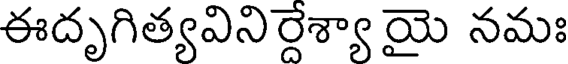
ఈదృగిత్యవినిర్దేశ్యా యై నమః